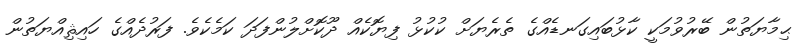
ޙިމާޔަތުން ބޭރުވުމަކީ ކާޅުބައިގަނޑެއްގެ ތެރެޔަށް ކުކުޅު ފިޔޮކެއް ދޫކޮށްލުންފަދަ ކަމެކެވެ. ފަރުދެއްގެ ހައިޘިއްޔަތުން